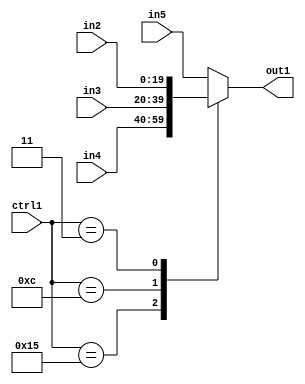
`timescale 1ps / 1ps
/*****************************************************************************
    Verilog RTL Description
    
    
    Created by: Stratus DpOpt 21.05.01 
*******************************************************************************/

module SobelFilter_N_Mux_20_4_9_1 (
	in5,
	in4,
	in3,
	in2,
	ctrl1,
	out1
	); /* architecture "behavioural" */ 
input [19:0] in5,
	in4,
	in3,
	in2;
input [4:0] ctrl1;
output [19:0] out1;
wire [19:0] asc001;

reg [19:0] asc001_tmp_0;
assign asc001 = asc001_tmp_0;
always @ (ctrl1 or in4 or in3 or in2 or in5) begin
	casez (ctrl1)
		5'B10101 : asc001_tmp_0 = in4 ;
		5'B01100 : asc001_tmp_0 = in3 ;
		5'B00011 : asc001_tmp_0 = in2 ;
		default : asc001_tmp_0 = in5 ;
	endcase
end

assign out1 = asc001;
endmodule

/* CADENCE  v7f3SQ0= : u9/ySxbfrwZIxEzHVQQV8Q== ** DO NOT EDIT THIS LINE ******/